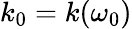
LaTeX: k_{0}=k(\omega_{0})